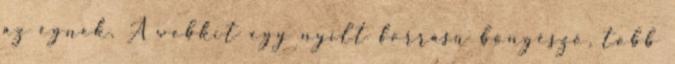
az égnek. A webkit egy nyílt forrású böngésző, több